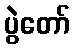
ပွဲတော်